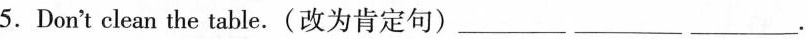
5.Don't clean the table.(改为肯定句)___ ___ ___.